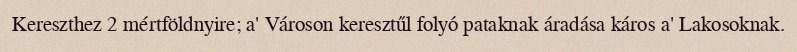
Kereszthez 2 mértföldnyire; a' Városon keresztűl folyó pataknak áradása káros a' Lakosoknak.